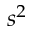
s ^ { 2 }